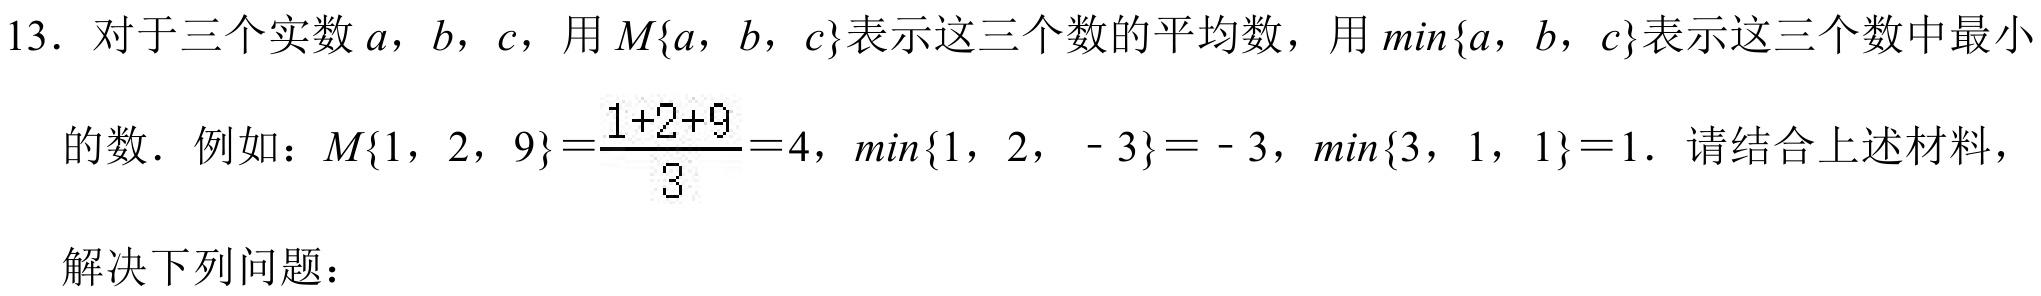
13. 对于三个实数\(a\)，\(b\)，\(c\)，用\(M\{a,b,c\}\)表示这三个数的平均数，用\(min\{a,b,c\}\)表示这三个数中最小的数．例如：\(M\{1,2,9\}=\frac{1 + 2+9}{3}=4\)，\(min\{1,2,- 3\}=-3\)，\(min\{3,1,1\}=1\)．请结合上述材料，

解决下列问题：